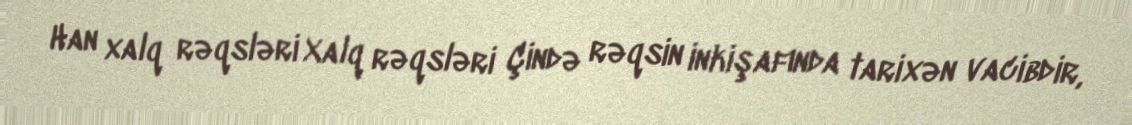
Han xalq rəqsləri Xalq rəqsləri Çində rəqsin inkişafında tarixən vacibdir,